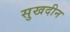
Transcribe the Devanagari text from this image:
सुखदीन